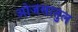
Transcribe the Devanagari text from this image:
ओजसातुल